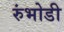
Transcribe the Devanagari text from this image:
रुंभोडी